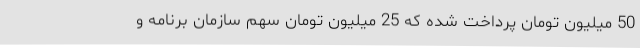
50 میلیون تومان پرداخت شده که 25 میلیون تومان سهم سازمان برنامه و